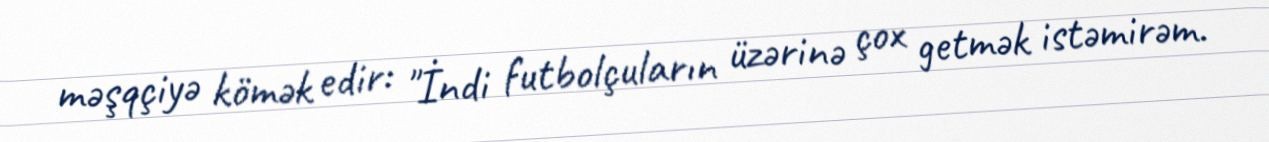
məşqçiyə kömək edir: "İndi futbolçuların üzərinə çox getmək istəmirəm.